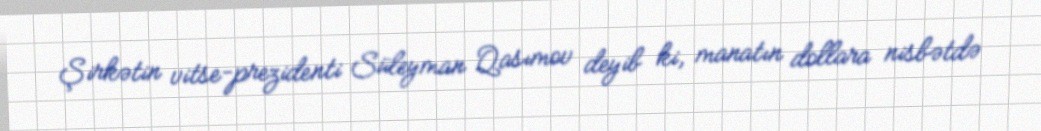
Şirkətin vitse-prezidenti Süleyman Qasımov deyib ki, manatın dollara nisbətdə